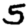
Digit: 5